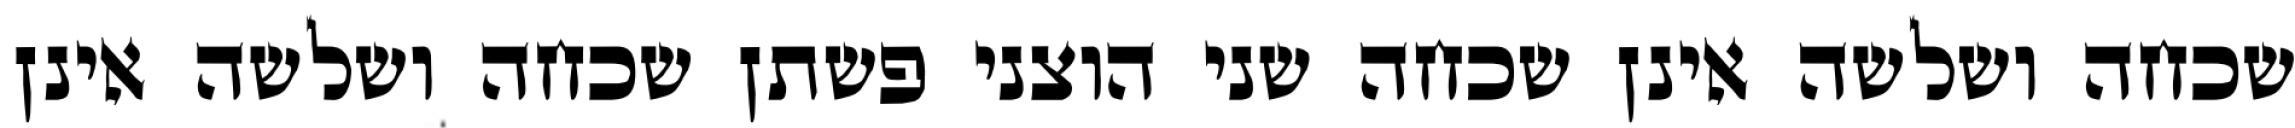
שכחה ושלשה אינן שכחה שני הוצני פשתן שכחה ושלשה אינן